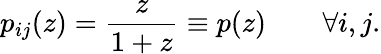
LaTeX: p_{ij}(z)=\frac{z}{1+z}\equiv p(z)\qquad\forall i,j.